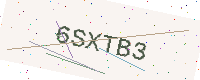
Text: 6SXTB3